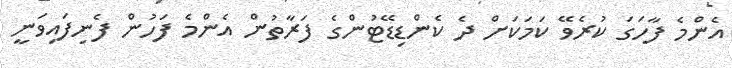
އެންމެ ފާހަގަ ކުރެވޭ ކަމަކަށް ދެ ކެންޑިޑޭޓުންގެ ފަރާތުން އެންމެ ފަހުން ފެނިފައިވަނީ